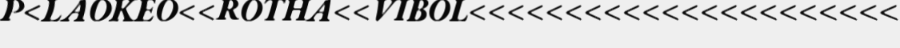
P<LAOKEO<<ROTHA<<VIBOL<<<<<<<<<<<<<<<<<<<<<<